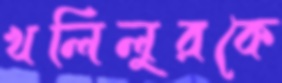
খলিলুরকে